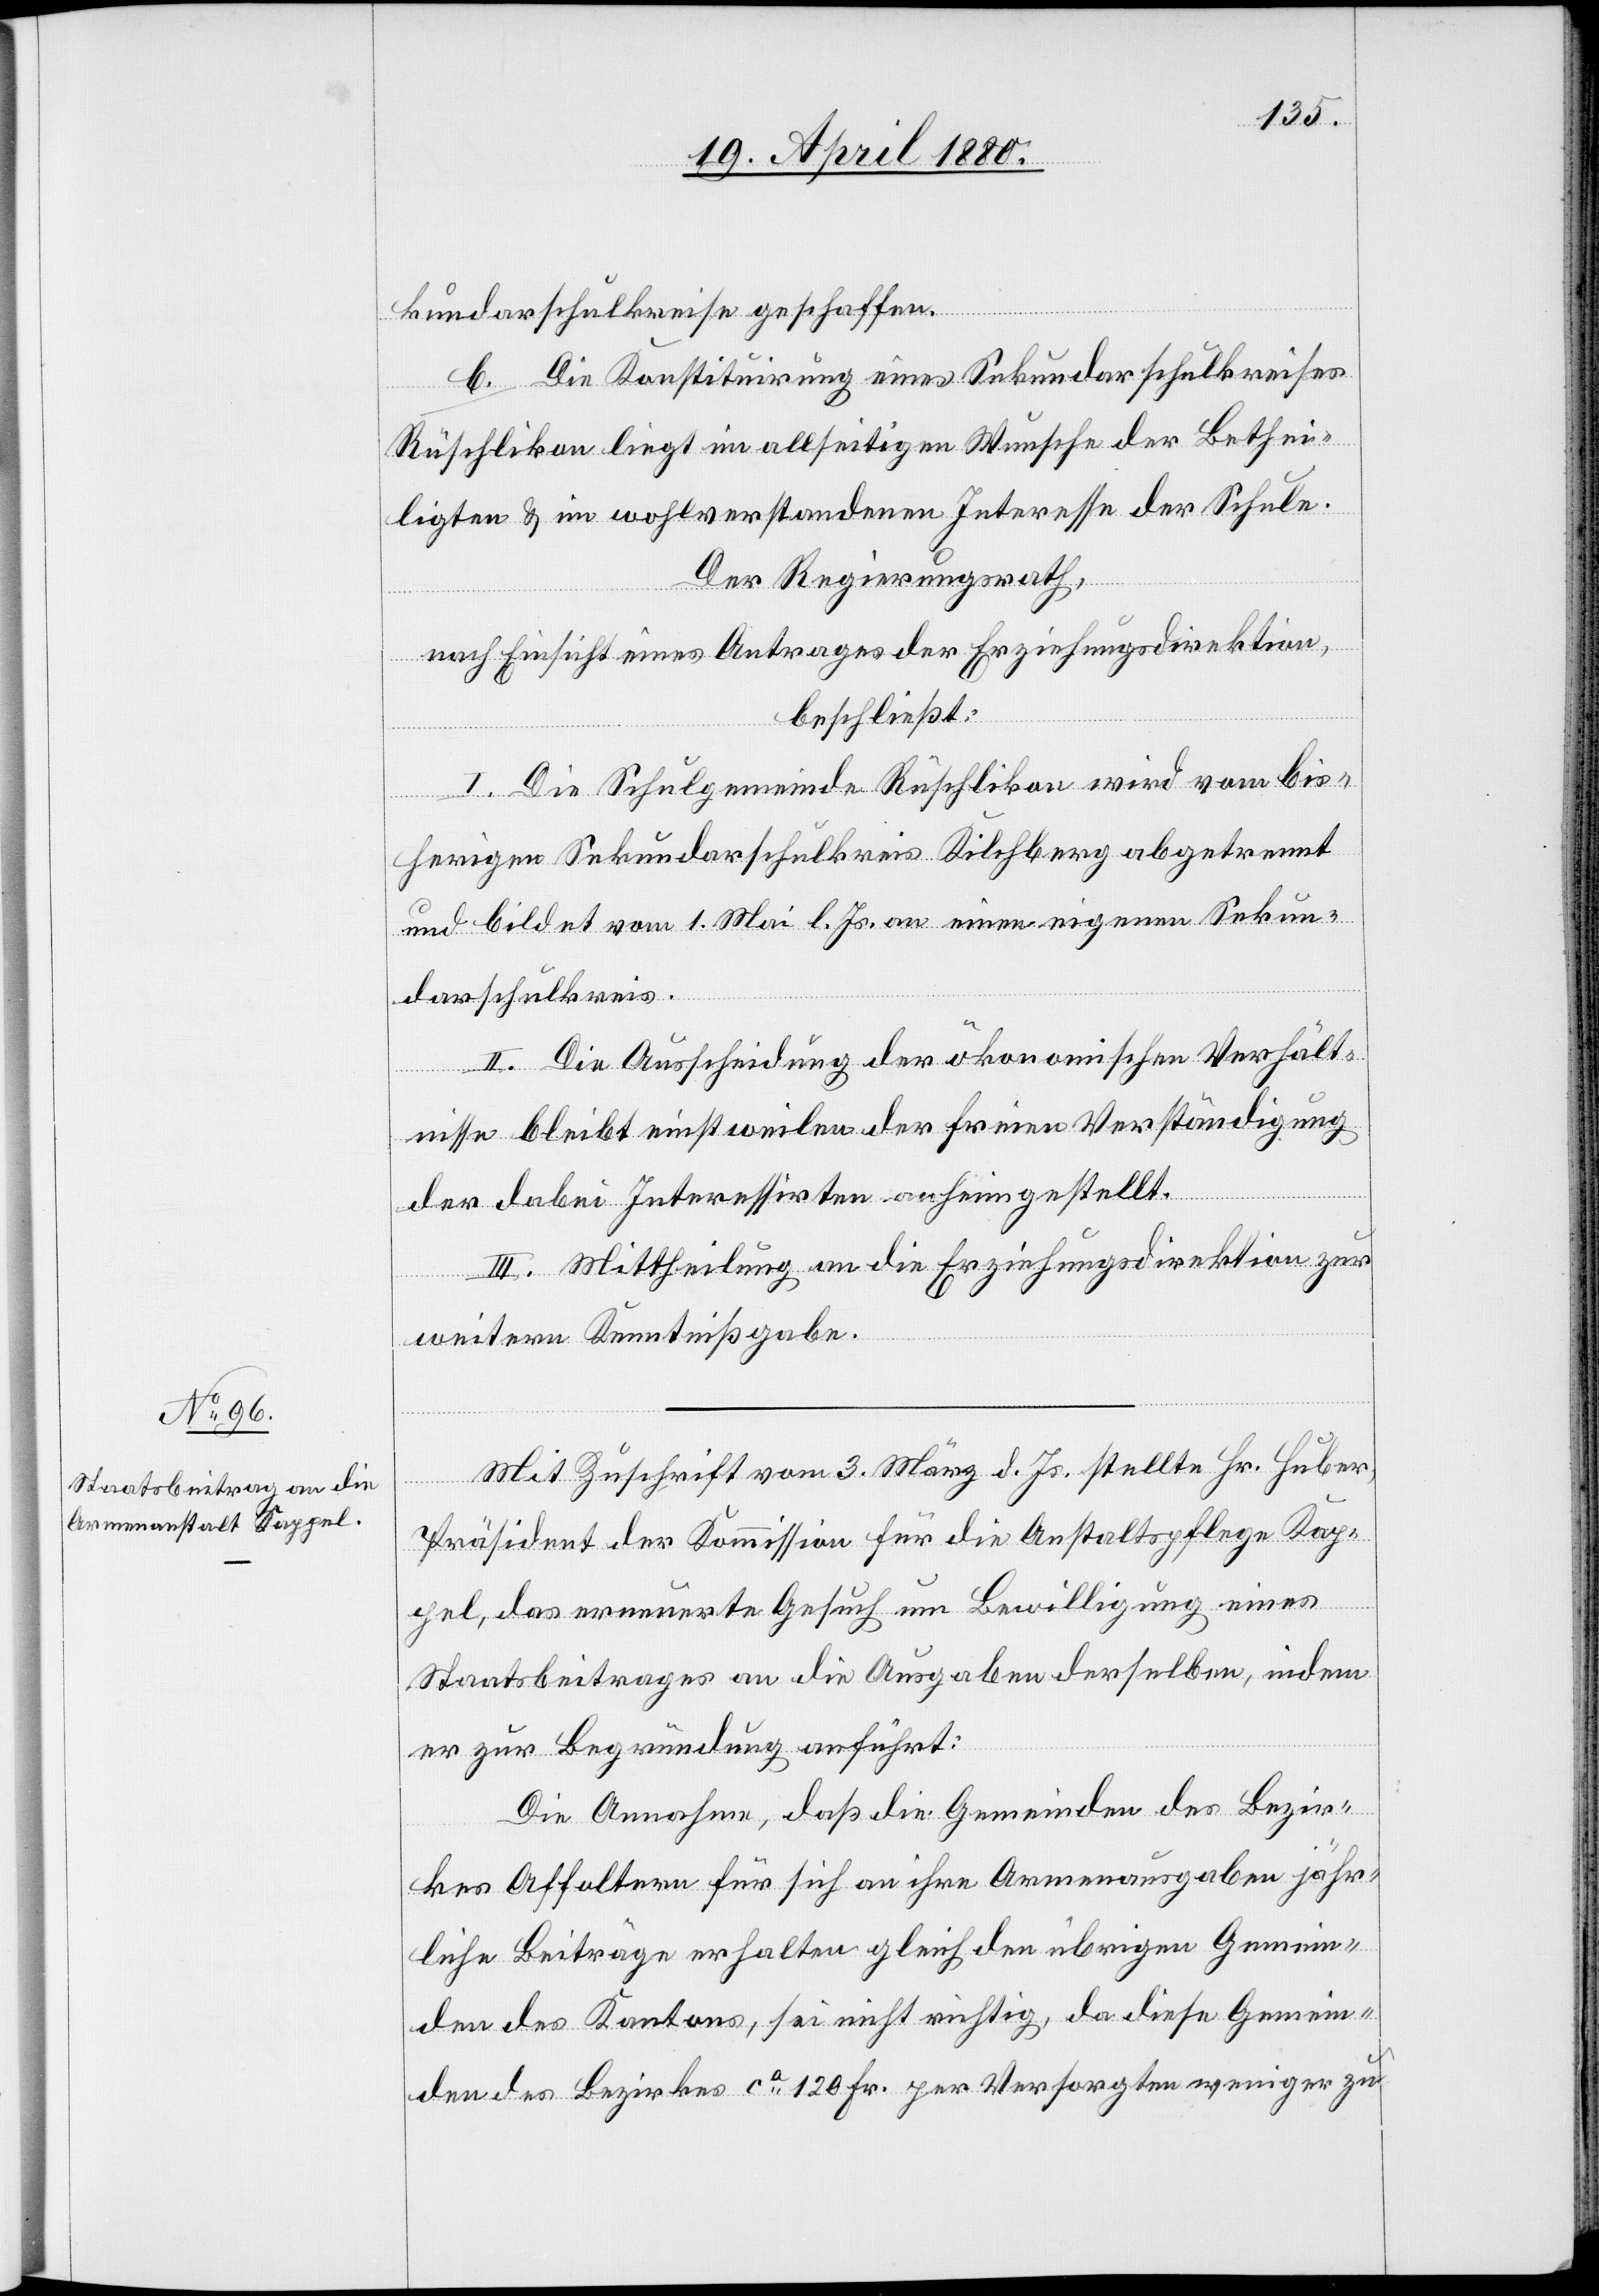
kundarschulkreise geschaffen.
b. Die Konstituirung eines Sekundarschulkreises
Rüschlikon liegt im allseitigen Wunsche der Bethei¬
ligten & im wohlverstandenen Interesse der Schule.
Der Regierungsrath;
nach Einsicht eines Antrages der Erziehungsdirektion,
beschließt:
I. Die Schulgemeinde Rüschlikon wird vom bis¬
herigen Sekundarschulkreis Kilchberg abgetrennt
und bildet vom 1. Mai l. Js. an einen eigenen Sekun¬
darschulkreis.
II. Die Ausscheidung der ökonomischen Verhält¬
nisse bleibt einstweilen der freien Verständigung
der dabei Interessirten anheimgestellt.
III. Mittheilung an die Erziehungsdirektion zur
weitern Kenntnißgabe.
Mit Zuschrift vom 3. März d. Js. stellte Hr. Huber,
Präsident der Kommission für die Anstaltspflege Kap¬
pel, das erneuerte Gesuch um Bewilligung eines
Staatsbeitrages an die Ausgaben derselben, indem
er zur Begründung anführt:
Die Annahme, daß die Gemeinden des Bezir¬
kes Affoltern für sich an ihre Armenausgaben jähr¬
liche Beiträge erhalten gleich den übrigen Gemein¬
den des Kantons, sei nicht richtig, da diese Gemein¬
den des Bezirkes ca 120 Fr. per Versorgtem weniger zu